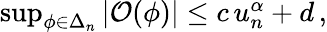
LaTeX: \begin{array}{r}{\operatorname*{sup}_{\phi\in\Delta_{n}}\left\vert\mathcal{O}(\phi)\right\vert\le c\, u_{n}^{\alpha}+d\, ,}\end{array}